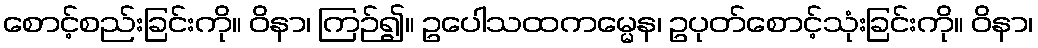
စောင့်စည်းခြင်းကို။ ဝိနာ၊ ကြဉ်၍။ ဥပေါသထကမ္မေန၊ ဥပုတ်စောင့်သုံးခြင်းကို။ ဝိနာ၊